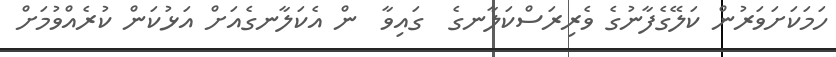
ހަމަކަށަވަރުން ކަލޭގެފާނުގެ ވެރިރަސްކަލާނގެ  ގައިވާ  ން އެކަލާނގެއަށް އަޅުކަން ކުރެއްވުމަށް